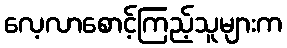
လေ့လာစောင့်ကြည့်သူများက